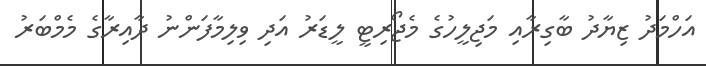
އަހްމަދު ޒިޔާދު ބާގިރާއި މަޖިލީހުގެ މެޖޯރިޓީ ލީޑަރު އަދި ވިލިމާފަންނު ދާއިރާގެ މެމްބަރު